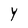
Character: Y